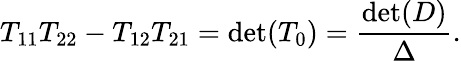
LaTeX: T_{11}T_{22}-T_{12}T_{21}=\operatorname*{det}(T_{0})=\frac{\operatorname*{det}(D)}{\Delta}.